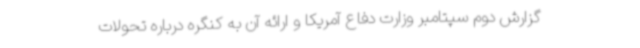
گزارش دوم سپتامبر وزارت دفاع آمریکا و ارائه آن به کنگره درباره تحولات